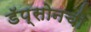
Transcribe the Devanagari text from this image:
डॅप्सोनची